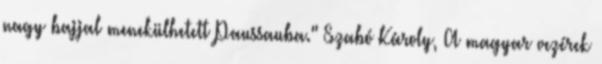
nagy bajjal menekülhetett Paussauba." Szabó Károly, A magyar vezérek